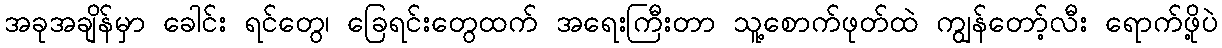
အခုအချိန်မှာ ခေါင်း ရင်တွေ၊ ခြေရင်းတွေထက် အရေးကြီးတာ သူ့စောက်ဖုတ်ထဲ ကျွန်တော့်လီး ရောက်ဖို့ပဲ